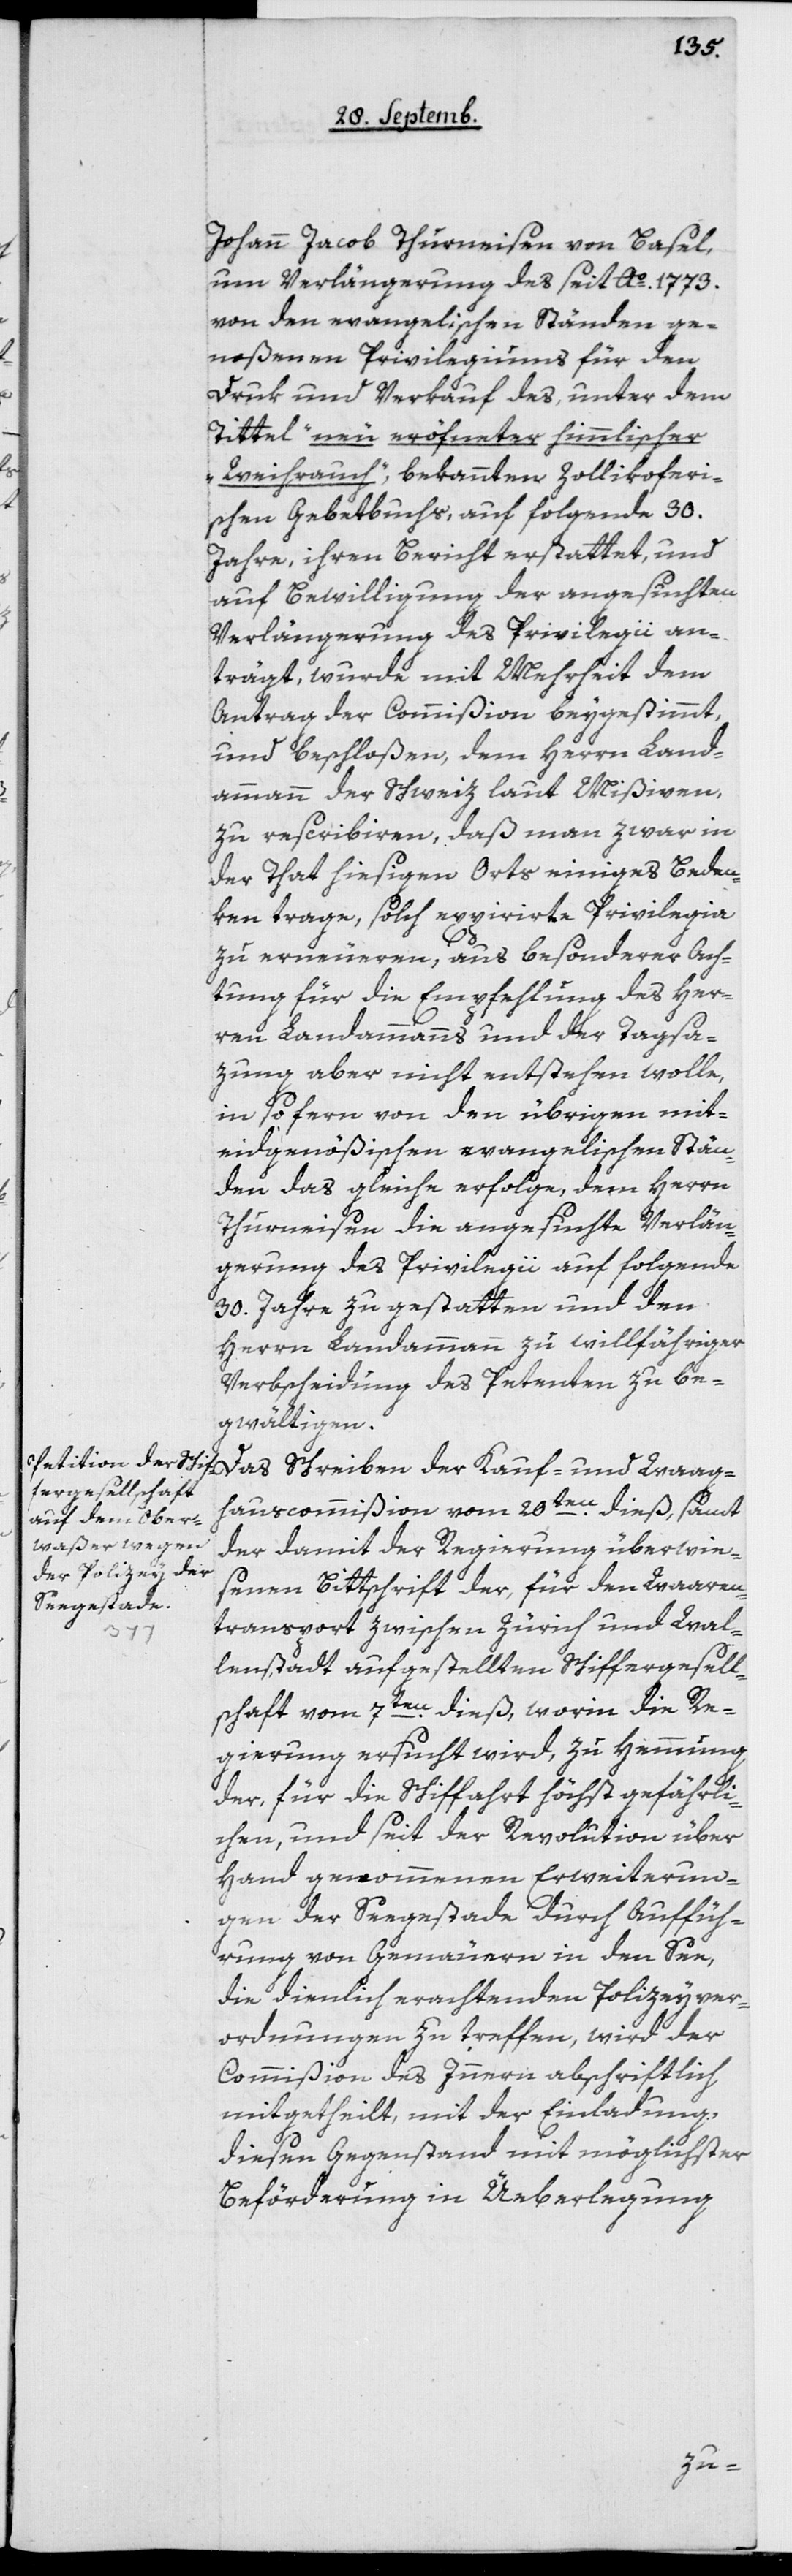
Johann Jacob Thurneisen von Basel,
um Verlängerung des seit Ao 1773
von den evangelischen Ständen ge¬
noßenen Privilegiums für den
Druk und Verkauf des, unter dem
Titel „neu eröfneter himmlischer
Weihrauch“, bekannten Zollikoferi¬
schen Gebetbuchs, auf folgende 30
Jahre, ihren Bericht erstattet, und
auf Bewilligung der angesuchten
Verlängerung des Privilegii an¬
trägt, wurde mit Mehrheit dem
Antrag der Commißion beygestimmt,
und beschloßen, dem Herrn Land¬
ammann der Schweiz laut Mißiven,
zu rescribiren, daß man zwar in
der That hiesigen Orts einiges Beden¬
ken trage, solch expirierte Privilegia
zu erneuern, aus besonderer Ach¬
tung für die Empfehlung des Her¬
ren Landammanns und der Tagsa¬
zung aber nicht entstehen wolle,
insofern von den übrigen mit¬
eydgenößischen evangelischen Stän¬
den das Gleiche erfolge, dem Herrn
Thurneisen die angesuchte Verlän¬
gerung des Privilegii auf folgende
30 Jahre zu gestatten und den
Herrn Landammann zu willfähriger
Verbscheidung des Petenten zu be¬
gwältigen.
Das Schreiben der Kauf- und Waag¬
hauscommißion vom 20ten dieß, samt
der damit der Regierung überwie¬
senen Bittschrift der, für den Waaren¬
transport zwischen Zürich und Wal¬
lenstadt aufgestellten Schiffergesell¬
schaft vom 7ten dieß, worin die Re¬
gierung ersucht wird, zu Hemmung
der, für die Schiffahrt höchst gefährli¬
chen, und seit der Revolution über
Hand genommenen Erweiterun¬
gen der Seegestade durch Auffüh¬
rung von Gemäuern in den See,
die dienlich erachtenden Polizeyver¬
ordnungen zu treffen, wird der
Commißion des Innern abschiftlich
mitgetheilt, mit der Einladung,
diesen Gegenstand mit möglichster
Beförderung in Überlegung